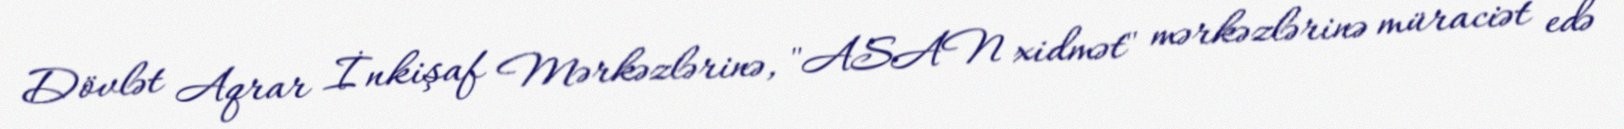
Dövlət Aqrar İnkişaf Mərkəzlərinə, "ASAN xidmət" mərkəzlərinə müraciət edə